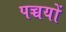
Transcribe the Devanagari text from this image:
पच्चयों